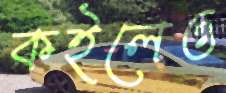
কইলেও